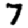
Digit: 7